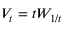
V _ { t } = t W _ { 1 / t }